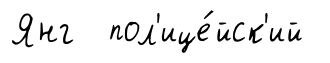
Янг пол'ице́йск'ий